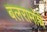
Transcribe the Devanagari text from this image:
बलरामांचे